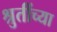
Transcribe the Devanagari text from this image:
श्रुतींच्या